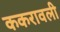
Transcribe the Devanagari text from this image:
ककरावली